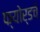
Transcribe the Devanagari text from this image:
फ्योर्डचे